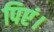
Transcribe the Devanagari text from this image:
पिएं।